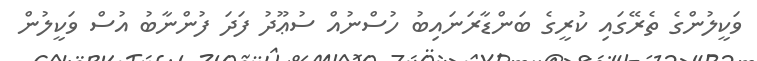
ވަކީލުންގެ ތެރޭގައި ކުރީގެ ބަންޑާރަނައިބު ހުސްނުއް ސުޢޫދު ފަދަ ފުންނާބު އުސް ވަކީލުން